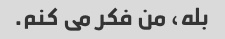
بله، من فکر می کنم.